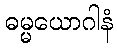
ဓမ္မယောဂါနံ